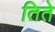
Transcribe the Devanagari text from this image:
तिते